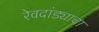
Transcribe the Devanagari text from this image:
रेवदांड्याचा